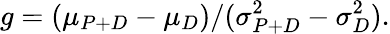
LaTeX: g=(\mu_{P+D}-\mu_{D})/(\sigma_{P+D}^{2}-\sigma_{D}^{2}).